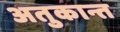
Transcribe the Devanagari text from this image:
अतुकान्त